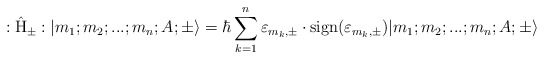
\begin{align*}:\hat{\rm H}_{\pm}: |m_1;m_2;...;m_n; A;\pm \rangle =\hbar \sum_{k=1}^{n} {\varepsilon}_{m_k,\pm} \cdot {\rm sign}({\varepsilon}_{m_k,\pm}) |m_1;m_2;...;m_n; A;\pm \rangle\end{align*}